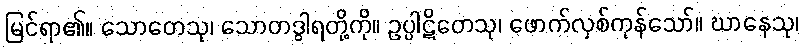
မြင်ရာ၏။ သောတေသု၊ သောတဒွါရတို့ကို။ ဥပ္ပါဋိတေသု၊ ဖောက်လှစ်ကုန်သော်။ ဃာနေသု၊